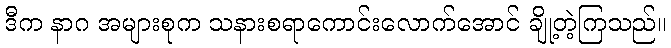
ဒီက နာဂ အများစုက သနားစရာကောင်းလောက်အောင် ချို့တဲ့ကြသည်။